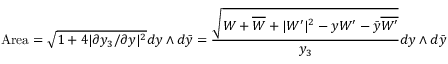
\mathrm { A r e a } = \sqrt { 1 + 4 | \partial y _ { 3 } / \partial y | ^ { 2 } } d y \wedge d \bar { y } = { \frac { \sqrt { W + \overline { { { W } } } + | W ^ { \prime } | ^ { 2 } - y W ^ { \prime } - \bar { y } \overline { { { W ^ { \prime } } } } } } { y _ { 3 } } } d y \wedge d \bar { y }